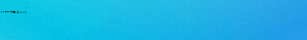
UnderNewMgmt